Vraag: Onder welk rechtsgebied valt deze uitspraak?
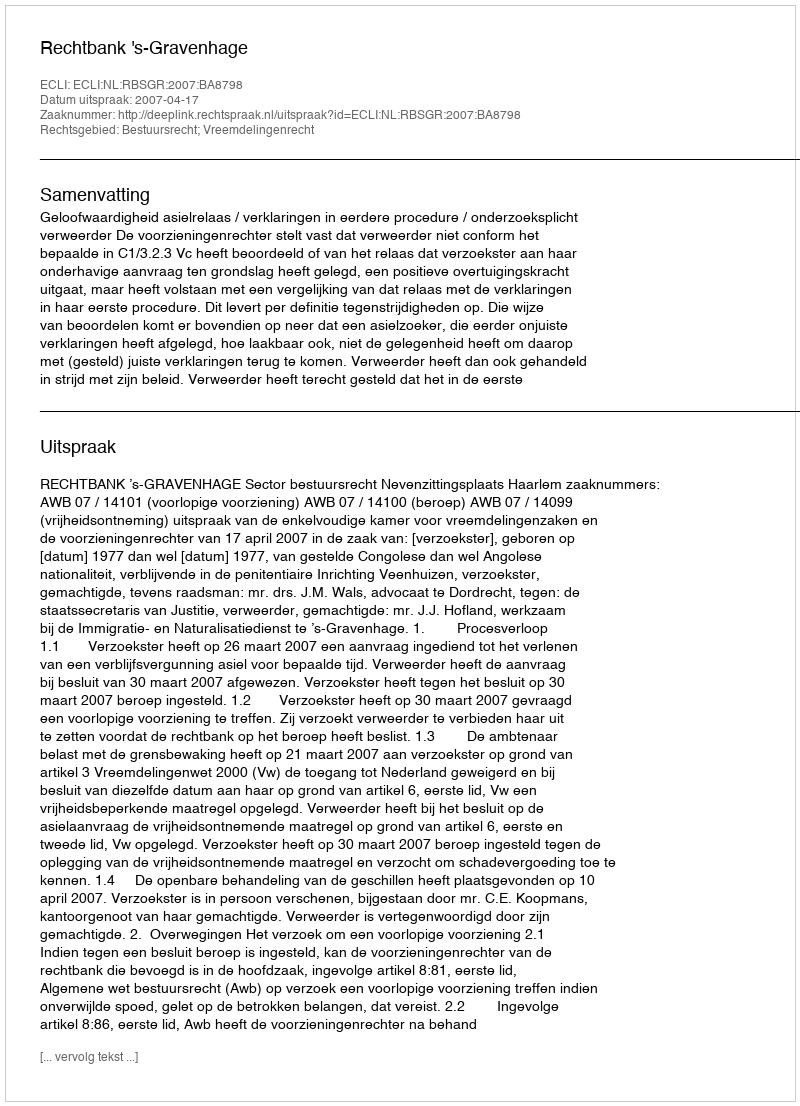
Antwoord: Bestuursrecht; Vreemdelingenrecht